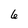
Character: 6